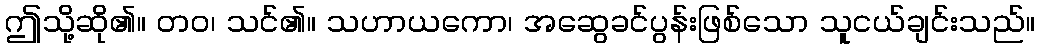
ဤသို့ဆို၏။ တဝ၊ သင်၏။ သဟာယကော၊ အဆွေခင်ပွန်းဖြစ်သော သူငယ်ချင်းသည်။